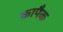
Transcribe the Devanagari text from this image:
कापैक